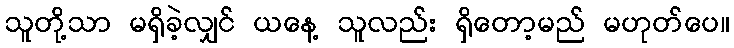
သူတို့သာ မရှိခဲ့လျှင် ယနေ့ သူလည်း ရှိတော့မည် မဟုတ်ပေ။